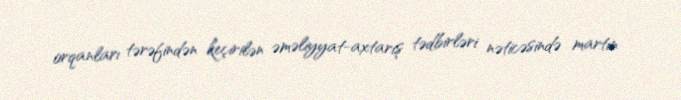
orqanları tərəfindən keçirilən əməliyyat-axtarış tədbirləri nəticəsində martın